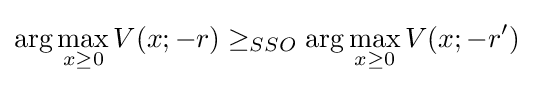
\arg \max _{x\geq 0}V(x;-r)\geq _{SSO}\arg \max _{x\geq 0}V(x;-r')